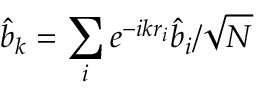
\hat { b } _ { k } = \sum _ { i } e ^ { - i k r _ { i } } \hat { b } _ { i } / \sqrt { N }